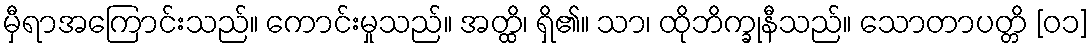
မှီရာအကြောင်းသည်။ ကောင်းမှုသည်။ အတ္ထိ၊ ရှိ၏။ သာ၊ ထိုဘိက္ခုနီသည်။ သောတာပတ္တိ [၀၁]